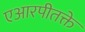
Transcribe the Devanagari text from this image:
एआरपीतक्ते